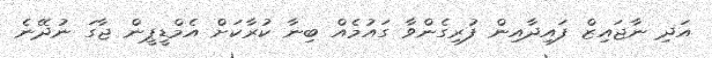
އަދި ނާޖައިޒް ފައިދާއިން ފުރިގެންވާ ގައުމެއް ބިނާ ކުރާކަށް އެމްޑީޕީން ޖާގަ ނުދޭނެ